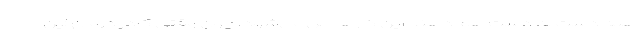
همه دست به دست هم دهند این کارها حل می‌شود، چون وقتی کادر درمان این